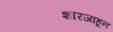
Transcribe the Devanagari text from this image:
शारजाहून